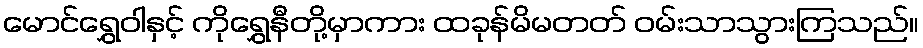
မောင်ရွှေဝါနှင့် ကိုရွှေနီတို့မှာကား ထခုန်မိမတတ် ဝမ်းသာသွားကြသည်။